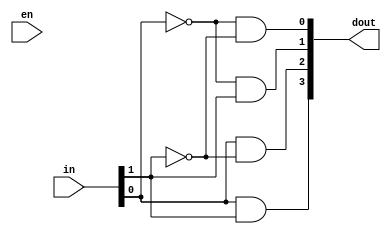
`timescale 1ns / 1ps
//////////////////////////////////////////////////////////////////////////////////
// Company: 
// Engineer: 
// 
// Design Name: 
// Module Name:    decoder2x4 
// Project Name: 
// Target Devices: 
// Tool versions: 
// Description: 
//
// Dependencies: 
//
// Revision: 
// Revision 0.01 - File Created
// Additional Comments: 
//
//////////////////////////////////////////////////////////////////////////////////
module decoder2x4 (
	input [1:0] in ,
	input en ,
	output [3:0] dout
);
	wire [1:0]notIn;
    not gN0(notIn[0],in[0]);
    not gN1(notIn[1],in[1]);
    and gA0(dout[0],notIn[0],notIn[1]);
    and gA1(dout[1],notIn[0],in[1]);
    and gA2(dout[2],in[0],notIn[1]);
    and gA3(dout[3],in[0],in[1]);

endmodule